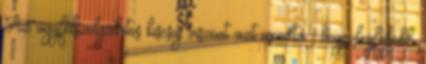
Az ügyfélszolgálatos kiscsaj viszont azt mondta , hogy legfeljebb